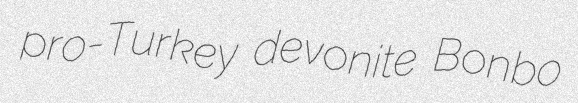
pro-Turkey devonite Bonbo